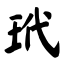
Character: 玳